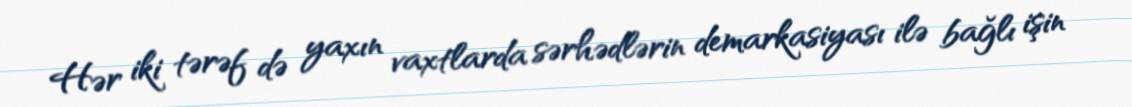
Hər iki tərəf də yaxın vaxtlarda sərhədlərin demarkasiyası ilə bağlı işin